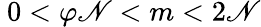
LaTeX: \ 0<\varphi\mathscr{N}<m<2\mathscr{N}